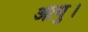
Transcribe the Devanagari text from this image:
आयु।